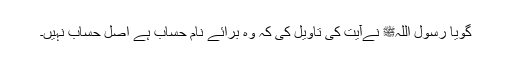
گویا رسول اللہﷺ نےآیت کی تاویل کی کہ وہ برائے نام حساب ہے اصل حساب نہیں۔